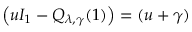
\left( u I _ { 1 } - Q _ { \lambda , \gamma } ( 1 ) \right) = ( u + \gamma )